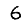
Digit: 6